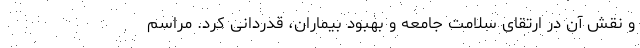
و نقش آن در ارتقای سلامت جامعه و بهبود بیماران، قدردانی کرد. مراسم